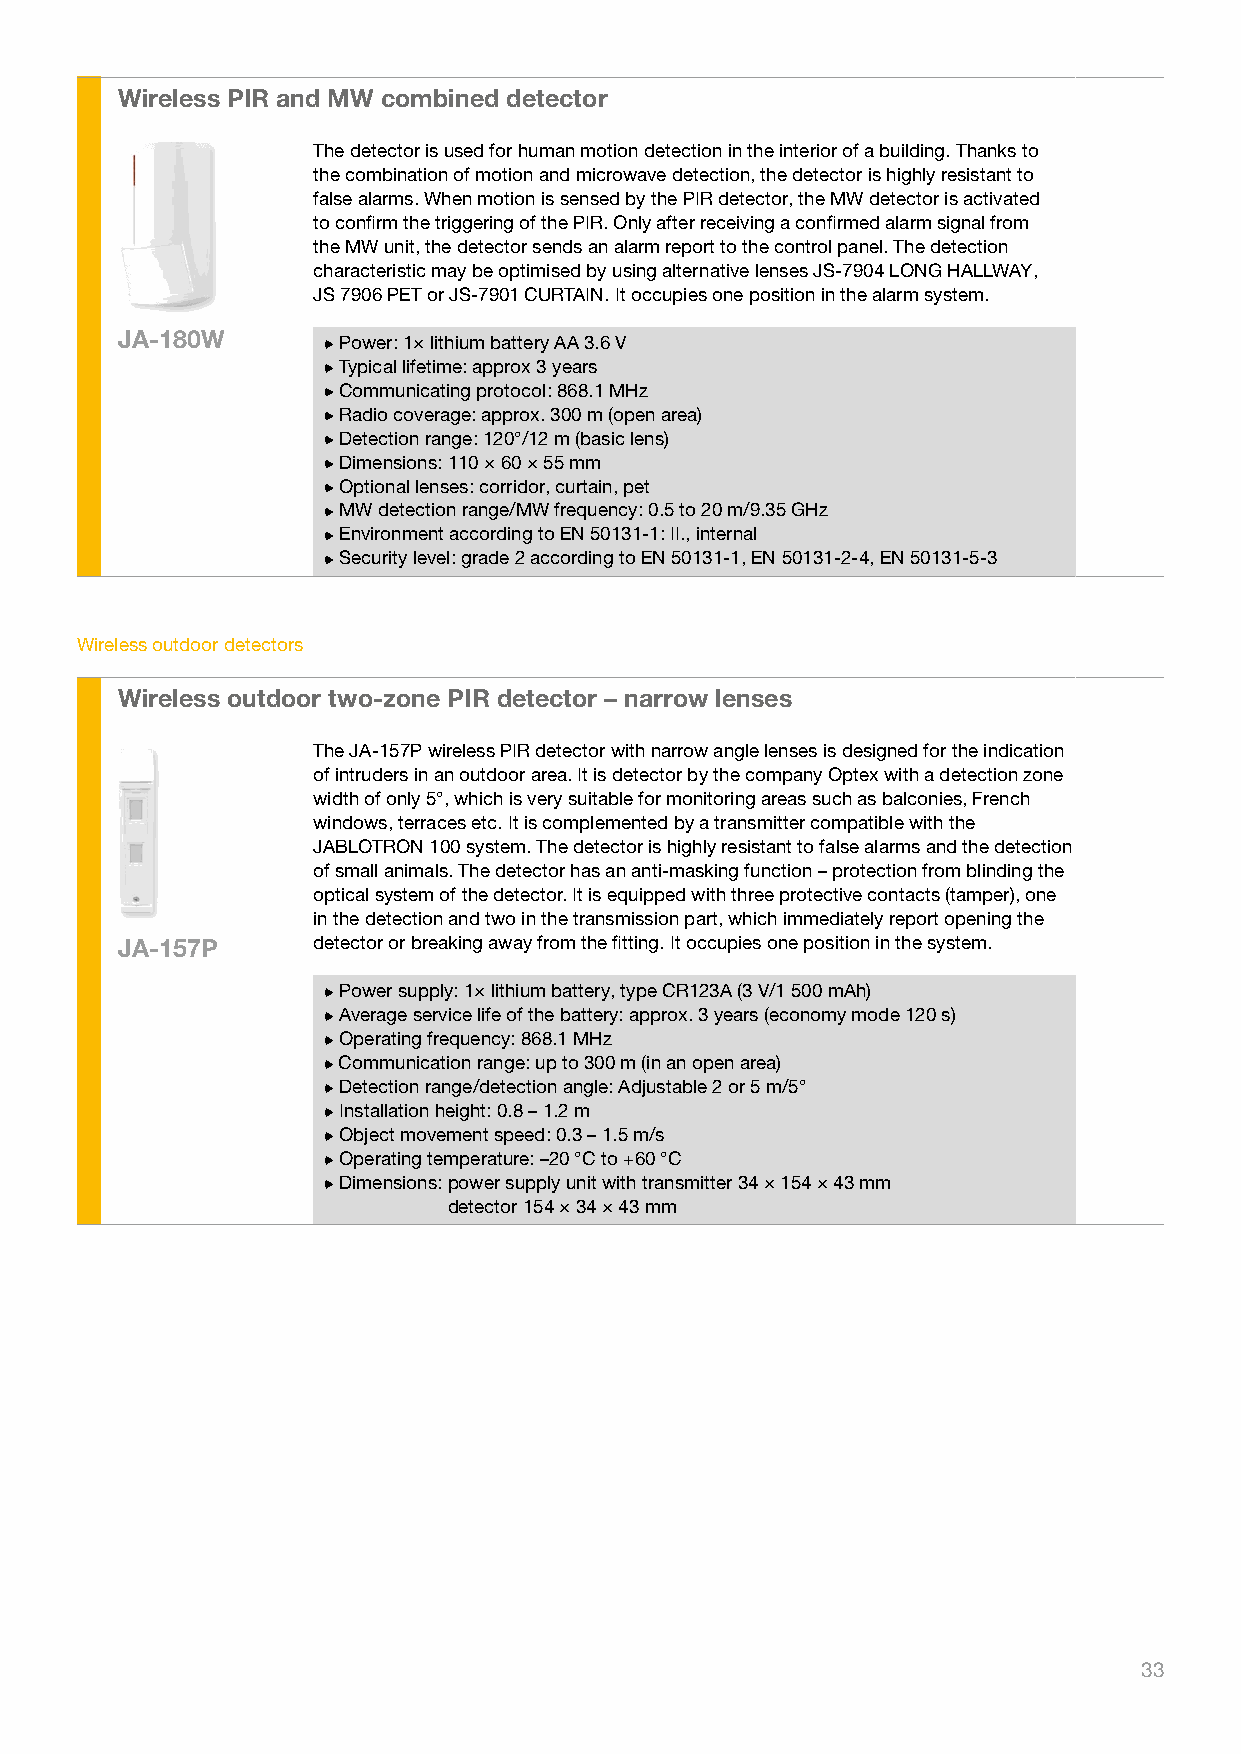
Wireless PIR and MW combined detector
 The detector is used for human motion detection in the interior of a building. Thanks to
 the combination of motion and microwave detection, the detector is highly resistant to
 false alarms. When motion is sensed by the PIR detector, the MW detector is activated
 to confirm the triggering of the PIR. Only after receiving a confirmed alarm signal from
 the MW unit, the detector sends an alarm report to the control panel. The detection
 characteristic may be optimised by using alternative lenses JS-7904 LONG HALLWAY,
 JS 7906 PET or JS-7901 CURTAIN. It occupies one position in the alarm system.
 JA-180W       Power: 1× lithium battery AA 3.6 V
 Typical lifetime: approx 3 years
 Communicating protocol: 868.1 MHz
 Radio coverage: approx. 300 m (open area)
 Detection range: 120°/12 m (basic lens)
 Dimensions: 110 × 60 × 55 mm
 Optional lenses: corridor, curtain, pet
 MW detection range/MW frequency: 0.5 to 20 m/9.35 GHz
 Environment according to EN 50131-1: II., internal
 Security level: grade 2 according to EN 50131-1, EN 50131-2-4, EN 50131-5-3
 Wireless outdoor detectors
 Wireless outdoor two-zone PIR detector – narrow lenses
 The JA-157P wireless PIR detector with narrow angle lenses is designed for the indication
 of intruders in an outdoor area. It is detector by the company Optex with a detection zone
 width of only 5°, which is very suitable for monitoring areas such as balconies, French
 windows, terraces etc. It is complemented by a transmitter compatible with the
 JABLOTRON 100 system. The detector is highly resistant to false alarms and the detection
 of small animals. The detector has an anti-masking function – protection from blinding the
 optical system of the detector. It is equipped with three protective contacts (tamper), one
 in the detection and two in the transmission part, which immediately report opening the
 JA-157P      detector or breaking away from the fitting. It occupies one position in the system.
 Power supply: 1× lithium battery, type CR123A (3 V/1 500 mAh)
 Average service life of the battery: approx. 3 years (economy mode 120 s)
 Operating frequency: 868.1 MHz
 Communication range: up to 300 m (in an open area)
 Detection range/detection angle: Adjustable 2 or 5 m/5°
 Installation height: 0.8 – 1.2 m
 Object movement speed: 0.3 – 1.5 m/s
 Operating temperature: –20 °C to +60 °C
 Dimensions: power supply unit with transmitter 34 × 154 × 43 mm
 detector 154 × 34 × 43 mm
 33